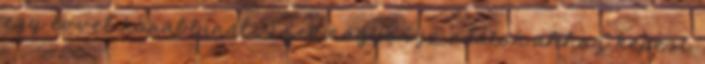
egy évvel korábbinál. “Ezek nagyon jó adatok ahhoz képest,